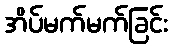
အိပ်မက်မက်ခြင်း